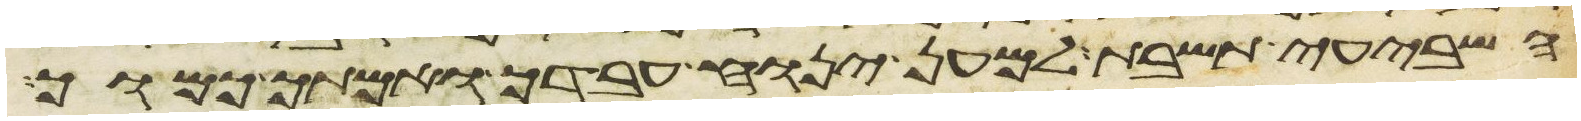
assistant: השביעי תשבת למען ינוח עבדך ואמתך כמוך